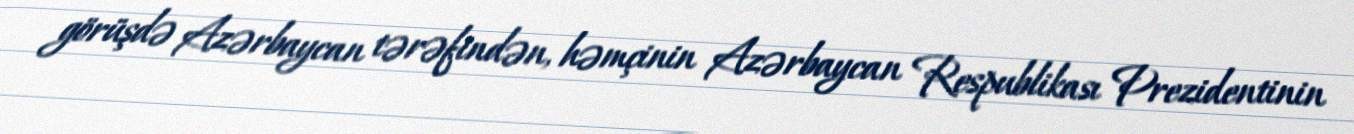
görüşdə Azərbaycan tərəfindən, həmçinin Azərbaycan Respublikası Prezidentinin